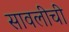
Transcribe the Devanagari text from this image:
सावलीची